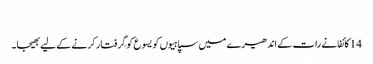
‏
14 کائفا نے رات کے اندھیرے میں سپاہیوں کو یسوع کو گِرفتار کرنے کے لیے بھیجا۔